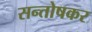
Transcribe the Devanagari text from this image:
सन्तोषकर